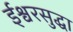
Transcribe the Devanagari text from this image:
ईश्वरसुद्धा